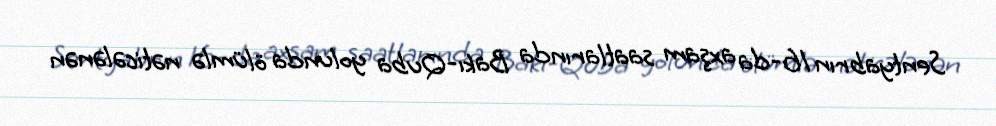
Sentyabrın 16-da axşam saatlarında Bakı-Quba yolunda ölümlə nəticələnən